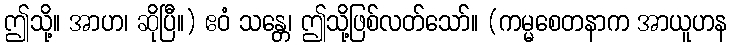
ဤသို့။ အာဟ၊ ဆိုပြီ။) ဧဝံ သန္တေ၊ ဤသို့ဖြစ်လတ်သော်။ (ကမ္မစေတနာက အာယူဟန